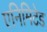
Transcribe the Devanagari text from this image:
एनिमिटेड